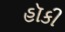
હૉકી